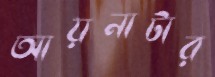
আয়নাটার